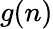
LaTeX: g(n)